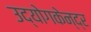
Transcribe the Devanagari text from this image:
उद्योगकेन्द्र